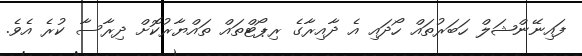
ފައިނޭންޝަލް ހަބަރުތައް ހޯދައި އެ ދާއިރާގެ ރިޕޯޓްތައް ތައްޔާރުކޮށް ދިރާސާ ކުރެ އެވެ.